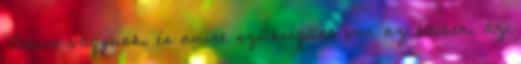
"Amire vágyunk, és amire szükségünk van az életben, az